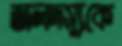
জলদস্যুকে